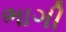
ભાગી